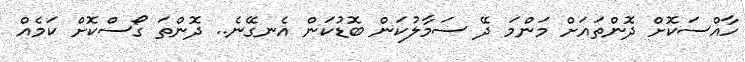
ހާއްސަކޮށް ދޮންތައަށް މަންމަ ދޭ ސަމާލުކަން ބޮޑުކަން އެނގޭނެ.. ދޮންތަ ގޯސްކޮށް ކަމެއް